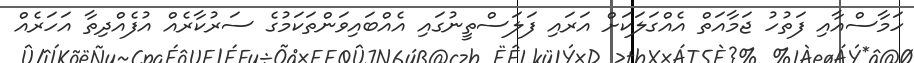
ހަމާސްއާއި ފަތުހު ޖަމާއަތް އެއްގަލަކަށް އަރައި ފަލަސްތީނުގައި އެއްބައިވަންތަކަމުގެ ސަރުކާރެއް އުފެއްދިތާ އަހަރެއް